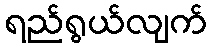
ရည်ရွယ်လျက်